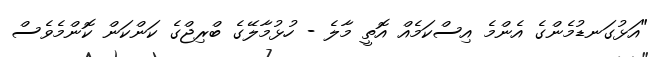
"އަޅުގަނޑުމެންގެ އެންމެ އިސްކަމެއް އޮތީ މާލެ - ހުޅުމާލޭގެ ބްރިޖްގެ ކަންކަން ކޮންމެވެސް